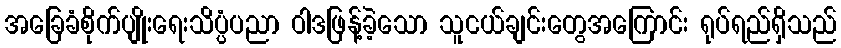
အခြေခံစိုက်ပျိုးရေးသိပ္ပံပညာ ဝါဒဖြန့်ခဲ့သော သူငယ်ချင်းတွေအကြောင်း ရုပ်ရည်ရှိသည်